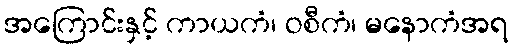
အကြောင်းနှင့် ကာယကံ၊ ဝစီကံ၊ မနောကံအရ